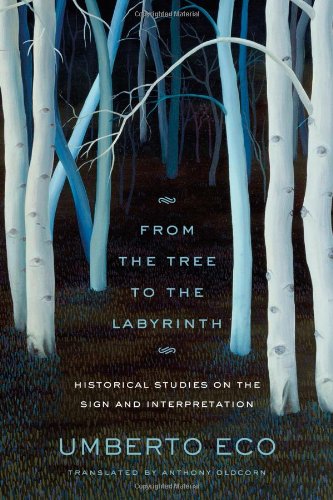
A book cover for From the Tree to the Labyrinth: Historical Studies on the Sign and Interpretation; Umberto Eco; Politics & Social Sciences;